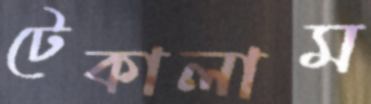
টেকালাম